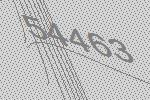
54463